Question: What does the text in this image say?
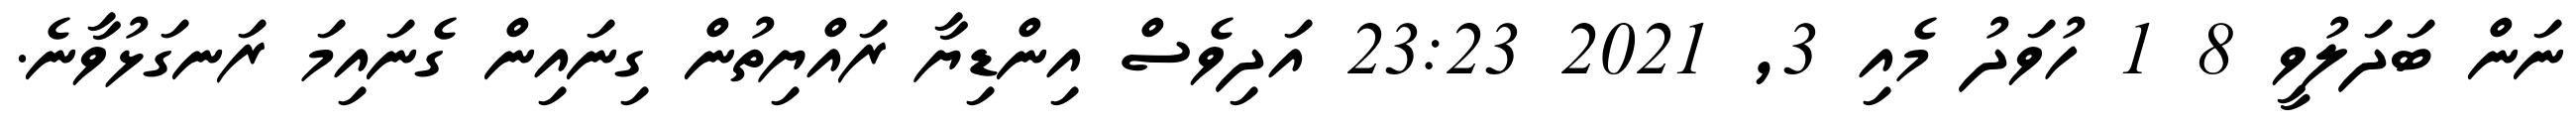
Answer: ނަން ބަދަލުވީ 8 1 ހުވަދު މެއި 3, 2021 23:23 އަދިވެސް އިންޑިޔާ ރައްޔިތުން ގިނައިން ގެނައިމަ ރަނގަޅުވާނެ.